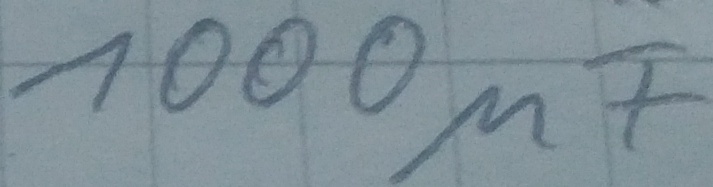
Text: 1000µF